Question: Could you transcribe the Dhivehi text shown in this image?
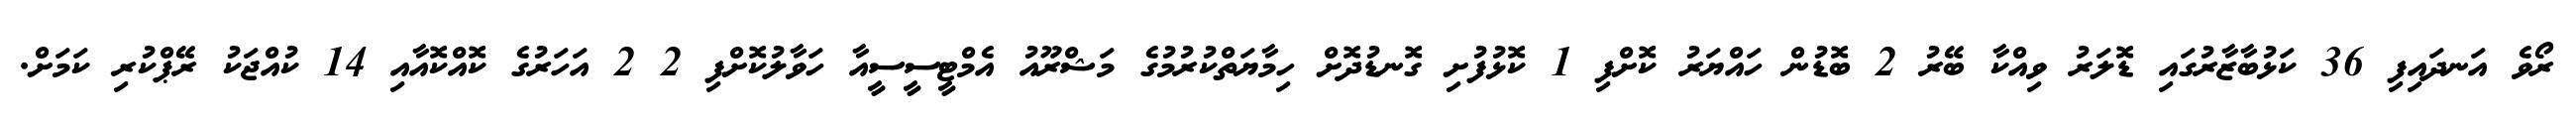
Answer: ރޯވެ އަނދައިފި 36 ކަޅުބާޒާރުގައި ޑޮލަރު ވިއްކާ ބޭރު 2 ބޮޑުން ހައްޔަރު ކޮށްފި 1 ކޮޅުފުށި ގޮނޑުދޮށް ހިމާޔަތްކުރުމުގެ މަޝްރޫއު އެމްޓީސީސީއާ ހަވާލުކޮށްފި 2 2 އަހަރުގެ ކޮއްކޮއާއި 14 ކުއްޖަކު ރޭޕްކުރި ކަމަށް.